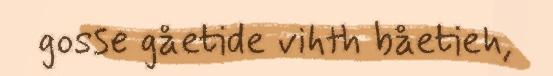
gosse gåetide vihth båetieh,